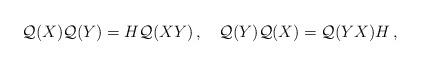
LaTeX: \begin{align*}{\cal Q}(X){\cal Q}(Y)=H{\cal Q}(XY)\,,\quad{\cal Q}(Y){\cal Q}(X)={\cal Q}(YX)H\,,\end{align*}